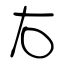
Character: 右